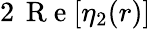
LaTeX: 2\, \mathrm{~R~e~}[\eta_{2}(r)]